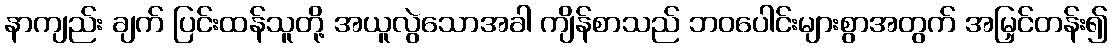
နာကျည်း ချက် ပြင်းထန်သူတို့ အယူလွဲသောအခါ ကျိန်စာသည် ဘဝပေါင်းများစွာအတွက် အမြှင်တန်း၍